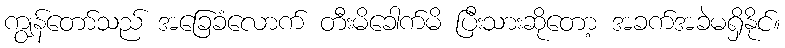
ကျွန်တော်သည် အခြေခံလောက် တီးမိခေါက်မိ ပြီးသားဆိုတော့ အခက်အခဲမရှိနိုင်။